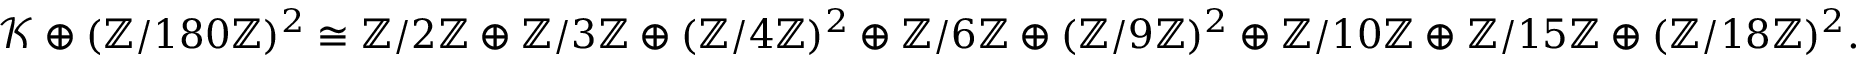
\mathcal { K } \oplus ( \mathbb { Z } / 1 8 0 \mathbb { Z } ) ^ { 2 } \cong \mathbb { Z } / 2 \mathbb { Z } \oplus \mathbb { Z } / 3 \mathbb { Z } \oplus ( \mathbb { Z } / 4 \mathbb { Z } ) ^ { 2 } \oplus \mathbb { Z } / 6 \mathbb { Z } \oplus ( \mathbb { Z } / 9 \mathbb { Z } ) ^ { 2 } \oplus \mathbb { Z } / 1 0 \mathbb { Z } \oplus \mathbb { Z } / 1 5 \mathbb { Z } \oplus ( \mathbb { Z } / 1 8 \mathbb { Z } ) ^ { 2 } .